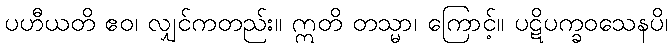
ပဟီယတိ ဧဝ၊ လျှင်ကတည်း။ ဣတိ တသ္မာ၊ ကြောင့်။ ပဋိပက္ခဝသေနပိ၊